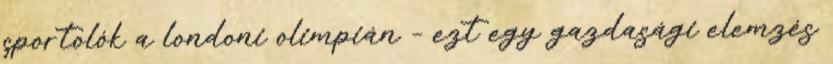
sportolók a londoni olimpián – ezt egy gazdasági elemzés